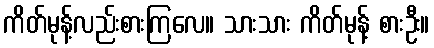
ကိတ်မုန့်လည်းစားကြလေ။ သားသား ကိတ်မုန့် စားဦး။